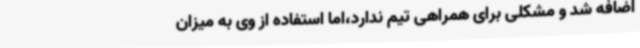
اضافه شد و مشکلی برای همراهی تیم ندارد،اما استفاده از وی به میزان